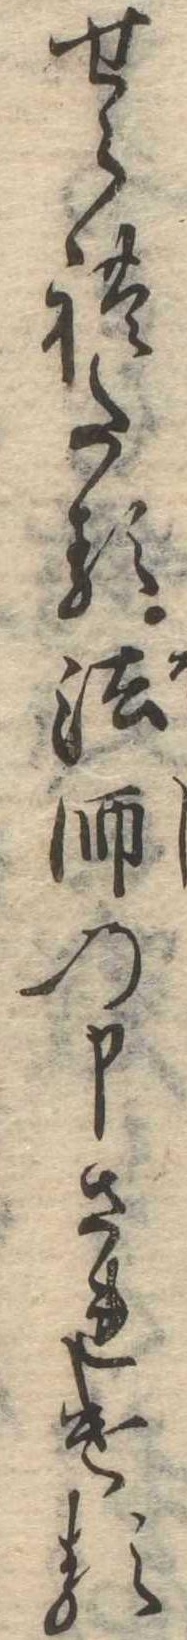
せられたる法師の申されける